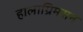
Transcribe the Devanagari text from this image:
हालाग्रिमसन